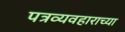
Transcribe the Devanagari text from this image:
पत्रव्यवहाराच्या